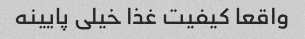
واقعا کیفیت غذا خیلی پایینه